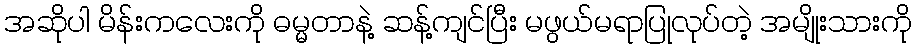
အဆိုပါ မိန်းကလေးကို ဓမ္မတာနဲ့ ဆန့်ကျင်ပြီး မဖွယ်မရာပြုလုပ်တဲ့ အမျိုးသားကို